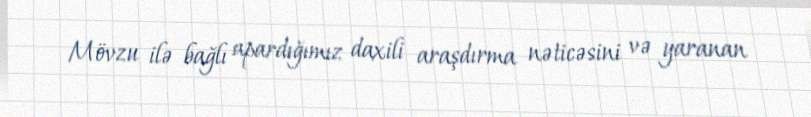
Mövzu ilə bağlı apardığımız daxili araşdırma nəticəsini və yaranan